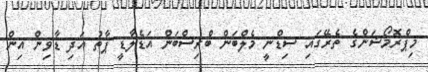
މިޕްރޮމޯޝަންގެ ތެރޭގައި ސިޑްނީ މެލްބަން ބްރިސްބަން އަޑެލާޑީ ޕާތު އަދި ޑާވިން އިން